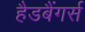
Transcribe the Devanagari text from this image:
हैडबैंगर्स